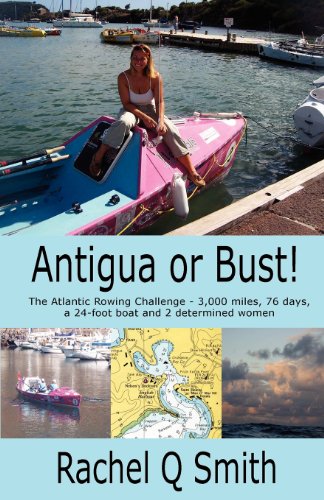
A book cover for Antigua or Bust; Rachel Q. Smith; Travel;